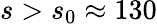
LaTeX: s>s_{0}\approx 130